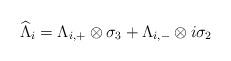
LaTeX: \begin{align*}\widehat{\Lambda}_i=\Lambda_{i,+}\otimes \sigma_3+\Lambda_{i,-}\otimes i\sigma_2 \end{align*}